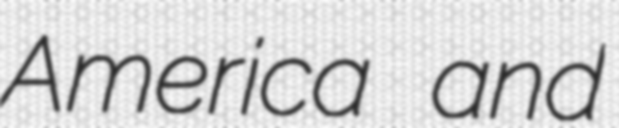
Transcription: America and